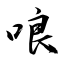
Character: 哴